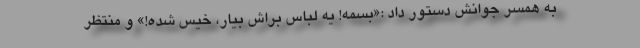
به همسر جوانش دستور داد :«بسمه! یه لباس براش بیار، خیس شده!» و منتظر